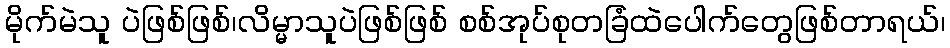
မိုက်မဲသူ ပဲဖြစ်ဖြစ်၊လိမ္မာသူပဲဖြစ်ဖြစ် စစ်အုပ်စုတခြံထဲပေါက်တွေဖြစ်တာရယ်၊